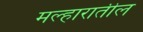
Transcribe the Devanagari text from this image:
मल्हारातील